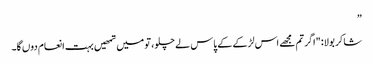
”
شاکر بولا: "اگر تم مجھے اس لڑکے کے پاس لے چلو، تو میں تمھیں بہت انعام دوں گا۔